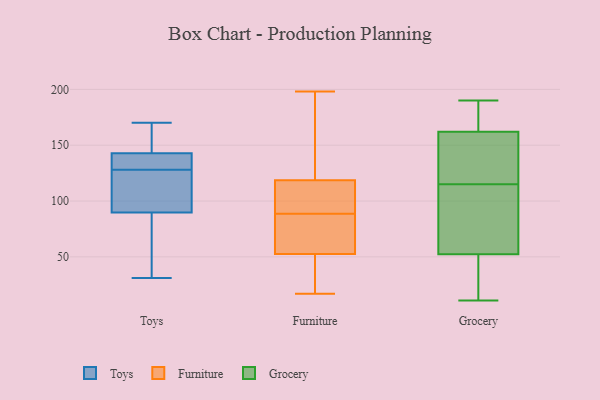
{"axis": {"x": "Population (Million)", "y": "Value"}, "legend": ["Furniture", "Grocery", "Toys"], "data": [{"x": "", "y": 80, "type": "Toys"}, {"x": "", "y": 163, "type": "Toys"}, {"x": "", "y": 31, "type": "Toys"}, {"x": "", "y": 136, "type": "Toys"}, {"x": "", "y": 128, "type": "Toys"}, {"x": "", "y": 170, "type": "Toys"}, {"x": "", "y": 119, "type": "Toys"}, {"x": "", "y": 55, "type": "Toys"}, {"x": "", "y": 133, "type": "Toys"}, {"x": "", "y": 122, "type": "Toys"}, {"x": "", "y": 145, "type": "Toys"}, {"x": "", "y": 90, "type": "Furniture"}, {"x": "", "y": 35, "type": "Furniture"}, {"x": "", "y": 52, "type": "Furniture"}, {"x": "", "y": 82, "type": "Furniture"}, {"x": "", "y": 17, "type": "Furniture"}, {"x": "", "y": 86, "type": "Furniture"}, {"x": "", "y": 114, "type": "Furniture"}, {"x": "", "y": 50, "type": "Furniture"}, {"x": "", "y": 198, "type": "Furniture"}, {"x": "", "y": 42, "type": "Furniture"}, {"x": "", "y": 88, "type": "Furniture"}, {"x": "", "y": 53, "type": "Furniture"}, {"x": "", "y": 89, "type": "Furniture"}, {"x": "", "y": 76, "type": "Furniture"}, {"x": "", "y": 177, "type": "Furniture"}, {"x": "", "y": 99, "type": "Furniture"}, {"x": "", "y": 108, "type": "Furniture"}, {"x": "", "y": 123, "type": "Furniture"}, {"x": "", "y": 195, "type": "Furniture"}, {"x": "", "y": 158, "type": "Furniture"}, {"x": "", "y": 58, "type": "Grocery"}, {"x": "", "y": 123, "type": "Grocery"}, {"x": "", "y": 91, "type": "Grocery"}, {"x": "", "y": 176, "type": "Grocery"}, {"x": "", "y": 18, "type": "Grocery"}, {"x": "", "y": 171, "type": "Grocery"}, {"x": "", "y": 35, "type": "Grocery"}, {"x": "", "y": 123, "type": "Grocery"}, {"x": "", "y": 11, "type": "Grocery"}, {"x": "", "y": 115, "type": "Grocery"}, {"x": "", "y": 157, "type": "Grocery"}, {"x": "", "y": 190, "type": "Grocery"}, {"x": "", "y": 159, "type": "Grocery"}, {"x": "", "y": 95, "type": "Grocery"}, {"x": "", "y": 80, "type": "Grocery"}, {"x": "", "y": 188, "type": "Grocery"}, {"x": "", "y": 22, "type": "Grocery"}]}